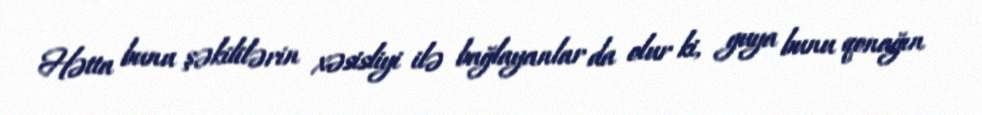
Hətta bunu şəkililərin xəsisliyi ilə bağlayanlar da olur ki, guya bunu qonağın